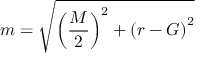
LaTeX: { } m = { \sqrt { \left( { \frac { M } { 2 } } \right) ^ { 2 } + \left( r - G \right) ^ { 2 } } }